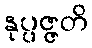
နုပ္ပဇ္ဇတိ